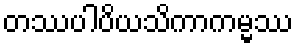
တဿပါပိယသိကာကမ္မဿ